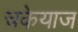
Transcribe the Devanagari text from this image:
चकेयाज